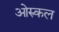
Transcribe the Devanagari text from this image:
ओरुकल